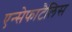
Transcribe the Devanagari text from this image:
एन्सेफाटैलिस